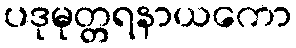
ပဒုမုတ္တရနာယကော